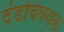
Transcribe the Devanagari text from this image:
दंडविषयक